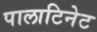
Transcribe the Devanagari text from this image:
पालाटिनेट